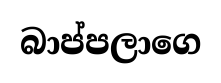
බාප්පලාගෙ